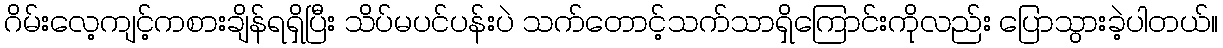
ဂိမ်းလေ့ကျင့်ကစားချိန်ရရှိပြီး သိပ်မပင်ပန်းပဲ သက်တောင့်သက်သာရှိကြောင်းကိုလည်း ပြောသွားခဲ့ပါတယ်။